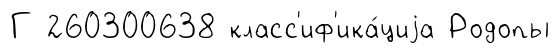
Г 260300638 класс'иф'ика́циjа Родопы